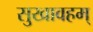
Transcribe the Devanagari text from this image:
सुखावहम्